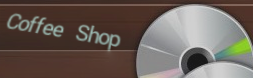
Coffee Shop